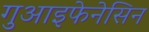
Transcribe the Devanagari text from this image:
गुआइफेनेसिन